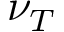
\nu _ { T }